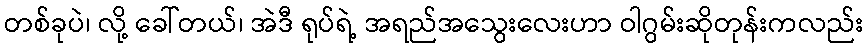
တစ်ခုပဲ၊ လို့ ခေါ်တယ်၊ အဲဒီ ရုပ်ရဲ့ အရည်အသွေးလေးဟာ ဝါဂွမ်းဆိုတုန်းကလည်း